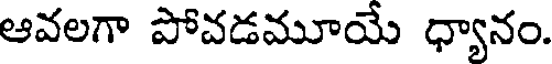
ఆవలగా పోవడమూయే ధ్యానం.